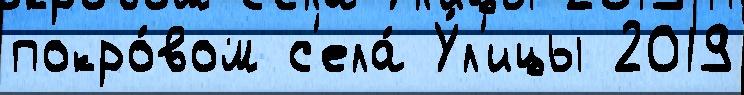
покро́вом с'ела́ У́л'ицы 2019